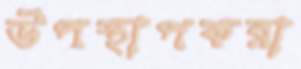
উপস্থাপকরা